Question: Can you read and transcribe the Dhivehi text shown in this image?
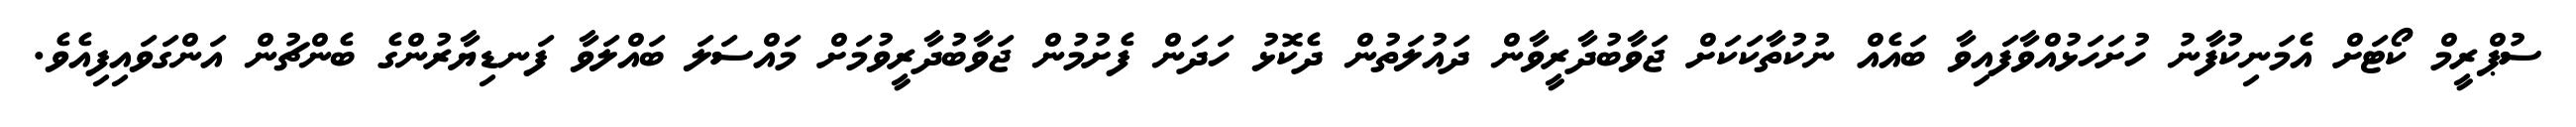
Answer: ސުޕްރީމް ކޯޓަށް އެމަނިކުފާނު ހުށަހަޅުއްވާފައިވާ ބައެއް ނުކުތާކަކަށް ޖަވާބުދާރީވާން ދައުލަތުން ދެކޮޅު ހަދަން ފެށުމުން ޖަވާބުދާރީވުމަށް މައްސަލަ ބައްލަވާ ފަނޑިޔާރުންގެ ބެންޗުން އަންގަވައިފިއެވެ.